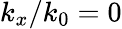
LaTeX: k_{x}/k_{0}=0